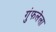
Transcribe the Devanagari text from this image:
गुंफलेला